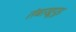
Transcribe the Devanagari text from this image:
तंबाखूपूड